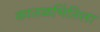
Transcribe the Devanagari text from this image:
कातळभिंतिला